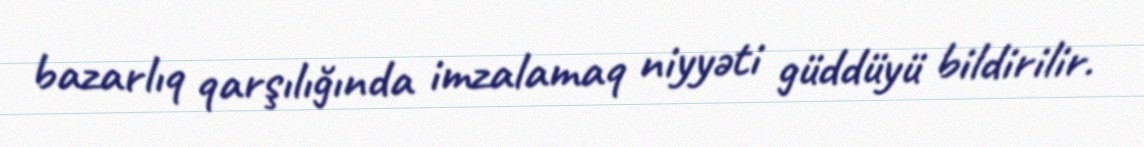
bazarlıq qarşılığında imzalamaq niyyəti güddüyü bildirilir.